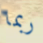
ربما